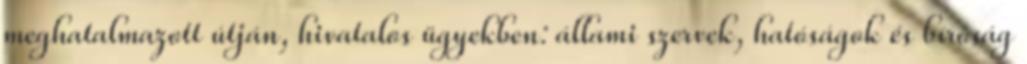
meghatalmazott útján, hivatalos ügyekben: állami szervek, hatóságok és bíróság